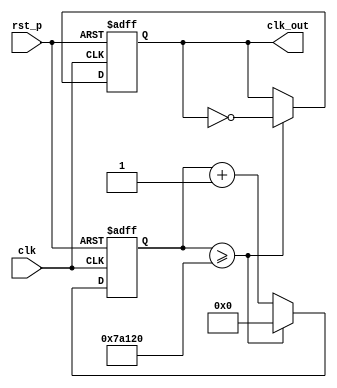
`timescale 1ns / 1ps
//////////////////////////////////////////////////////////////////////////////////
// Company: 
// Engineer: 
// 
// Design Name: 
// Module Name: fre_div_100
// Project Name: 
// Target Devices: 
// Tool Versions: 
// Description: 
// 
// Dependencies: 
// 
// Revision:
// Revision 0.01 - File Created
// Additional Comments:
// 
//////////////////////////////////////////////////////////////////////////////////


`define FREQ_DIV_BIT 26
`define FREQ_DIV_NUM 500000

module fre_div_100(
output reg clk_out,
input clk,
input rst_p
);
reg [`FREQ_DIV_BIT-1:0] clk_rec;
reg [`FREQ_DIV_BIT-1:0] cnt_tmp;

always @*
    cnt_tmp <= clk_rec + 1'b1;

always @(posedge clk or posedge rst_p)
    if (rst_p) 
    begin
        clk_rec <= `FREQ_DIV_BIT'd0;
        clk_out <= 1'd0;
    end
    else if (clk_rec >= `FREQ_DIV_NUM)  
    begin
        clk_rec <= `FREQ_DIV_BIT'd0;
        clk_out <= (~clk_out);
    end
    else 
        clk_rec <= cnt_tmp;

endmodule